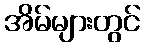
အိမ်များတွင်